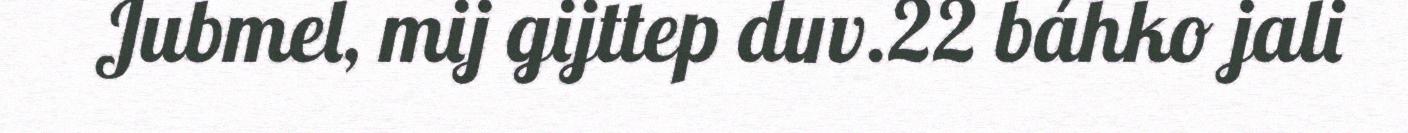
Jubmel, mij gijttep duv.22 báhko jali